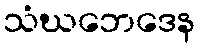
သံဃဘေဒေန